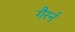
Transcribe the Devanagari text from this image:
गैरर्न